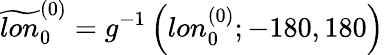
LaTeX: \widetilde{lon}_{0}^{(0)}=g^{-1}\left(lon_{0}^{(0)};-180,180\right)